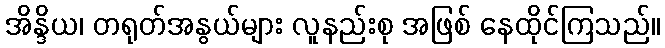
အိန္ဒိယ၊ တရုတ်အနွယ်များ လူနည်းစု အဖြစ် နေထိုင်ကြသည်။